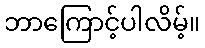
ဘာကြောင့်ပါလိမ့်။